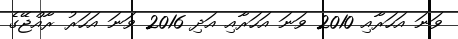
ވަނަ އަހަރާއި 2010 ވަނަ އަހަރާއި އަދި 2016 ވަނަ އަހަރު ރާއްޖޭގެ